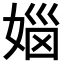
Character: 𪦅